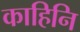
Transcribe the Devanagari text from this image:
काहिनि